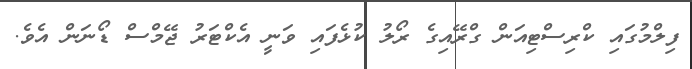
ފިލްމުގައި ކްރިސްޓިއަން ގްރޭއިގެ ރޯލު ކުޅެފައި ވަނީ އެކްޓަރު ޖޭމްސް ޑޯނަން އެވެ.